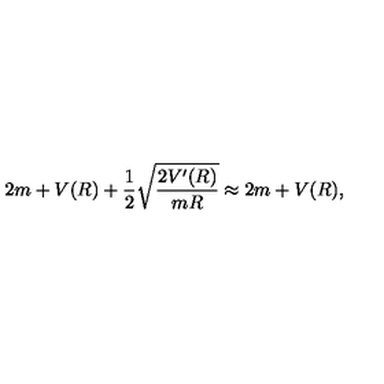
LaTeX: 2 m + V ( R ) + { \frac { 1 } { 2 } } \sqrt { \frac { 2 V ^ { \prime } ( R ) } { m R } } \approx 2 m + V ( R ) ,